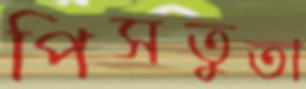
পিসতুতা